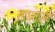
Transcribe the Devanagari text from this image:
साधनालय